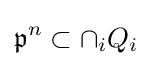
{\mathfrak {p}}^{n}\subset \cap _{i}Q_{i}